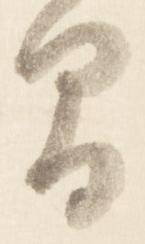
間